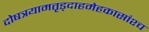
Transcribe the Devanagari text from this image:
दोषत्रयामतृड्दाहमेहकासांश्च